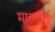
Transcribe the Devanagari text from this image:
मातरम्॥